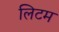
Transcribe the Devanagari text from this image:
लिटम